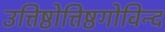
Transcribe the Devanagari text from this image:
उत्तिष्ठोत्तिष्ठगोविन्द